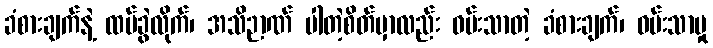
ခံစားချက်နဲ့ ထပ်ခွဲလိုက်၊ အသိဉာဏ် ပါတဲ့စိတ်မှာလည်း ဝမ်းသာတဲ့ ခံစားချက်၊ ဝမ်းသာမှု